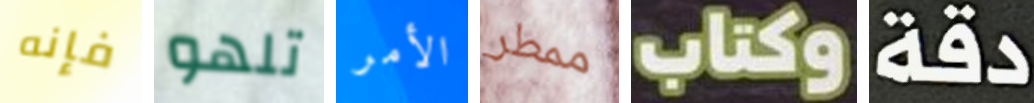
فإنه تلهو الأمر ممطر وكتاب دقة